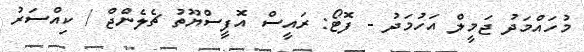
މުހައްމަދު ޖަމީލް އަހުމަދު - ފޮޓޯ: ރައީސް އޮފީސްޔޫތު ޗެލެންޖް / ކިއްސަރު